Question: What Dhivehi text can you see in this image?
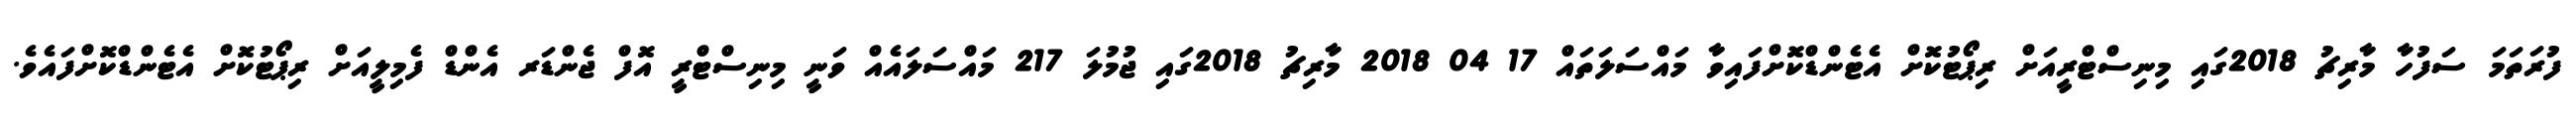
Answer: ފުރަތަމަ ސަފުހާ މާރިޗު 2018ގައި މިނިސްޓްރީއަށް ރިޕޯޓުކޮށް އެޓެންޑްކޮށްފައިވާ މައްސަލަތައް 17 04 2018 މާރިޗު 2018ގައި ޖުމުލަ 217 މައްސަލައެއް ވަނީ މިނިސްޓްރީ އޮފް ޖެންޑަރ އެންޑް ފެމިލީއަށް ރިޕޯޓުކޮށް އެޓެންޑްކޮށްފައެވެ.